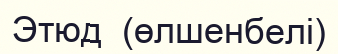
Этюд  (өлшенбелі)